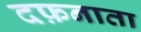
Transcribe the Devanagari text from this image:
दफ़नाता